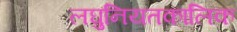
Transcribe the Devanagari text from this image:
लघुनियतकालिक